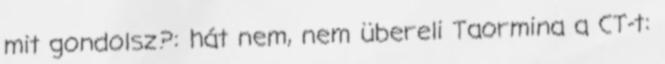
mit gondolsz?: hát nem, nem übereli Taormina a CT-t: